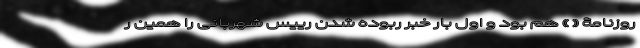
روزنامۀ « » هم بود و اول بار خبر ربوده شدن رییس شهربانی را همین ر